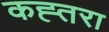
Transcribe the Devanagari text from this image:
कह्तरा